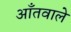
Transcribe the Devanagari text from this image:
आँतवाले